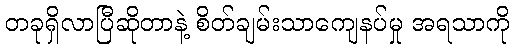
တခုရှိလာပြီဆိုတာနဲ့ စိတ်ချမ်းသာကျေနပ်မှု အရသာကို